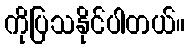
ကိုပြသနိုင်ပါတယ်။